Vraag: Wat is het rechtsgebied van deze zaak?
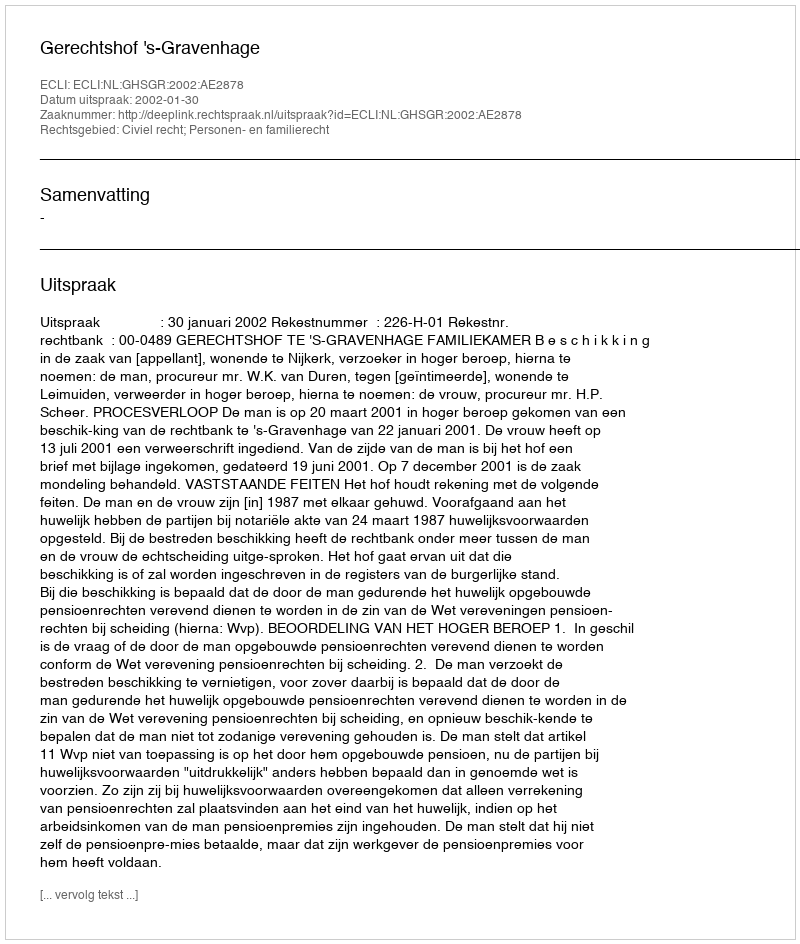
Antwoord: Civiel recht; Personen- en familierecht